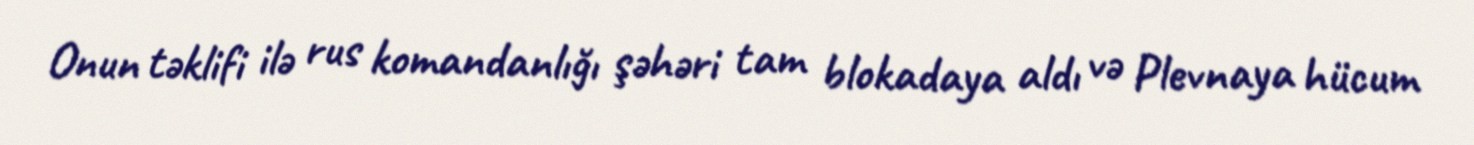
Onun təklifi ilə rus komandanlığı şəhəri tam blokadaya aldı və Plevnaya hücum